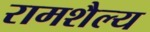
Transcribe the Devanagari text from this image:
रामशैल्य